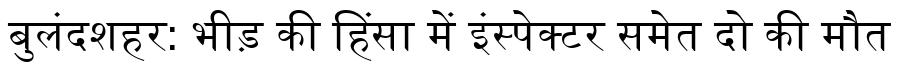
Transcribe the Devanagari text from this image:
बुलंदशहर: भीड़ की हिंसा में इंस्पेक्टर समेत दो की मौत